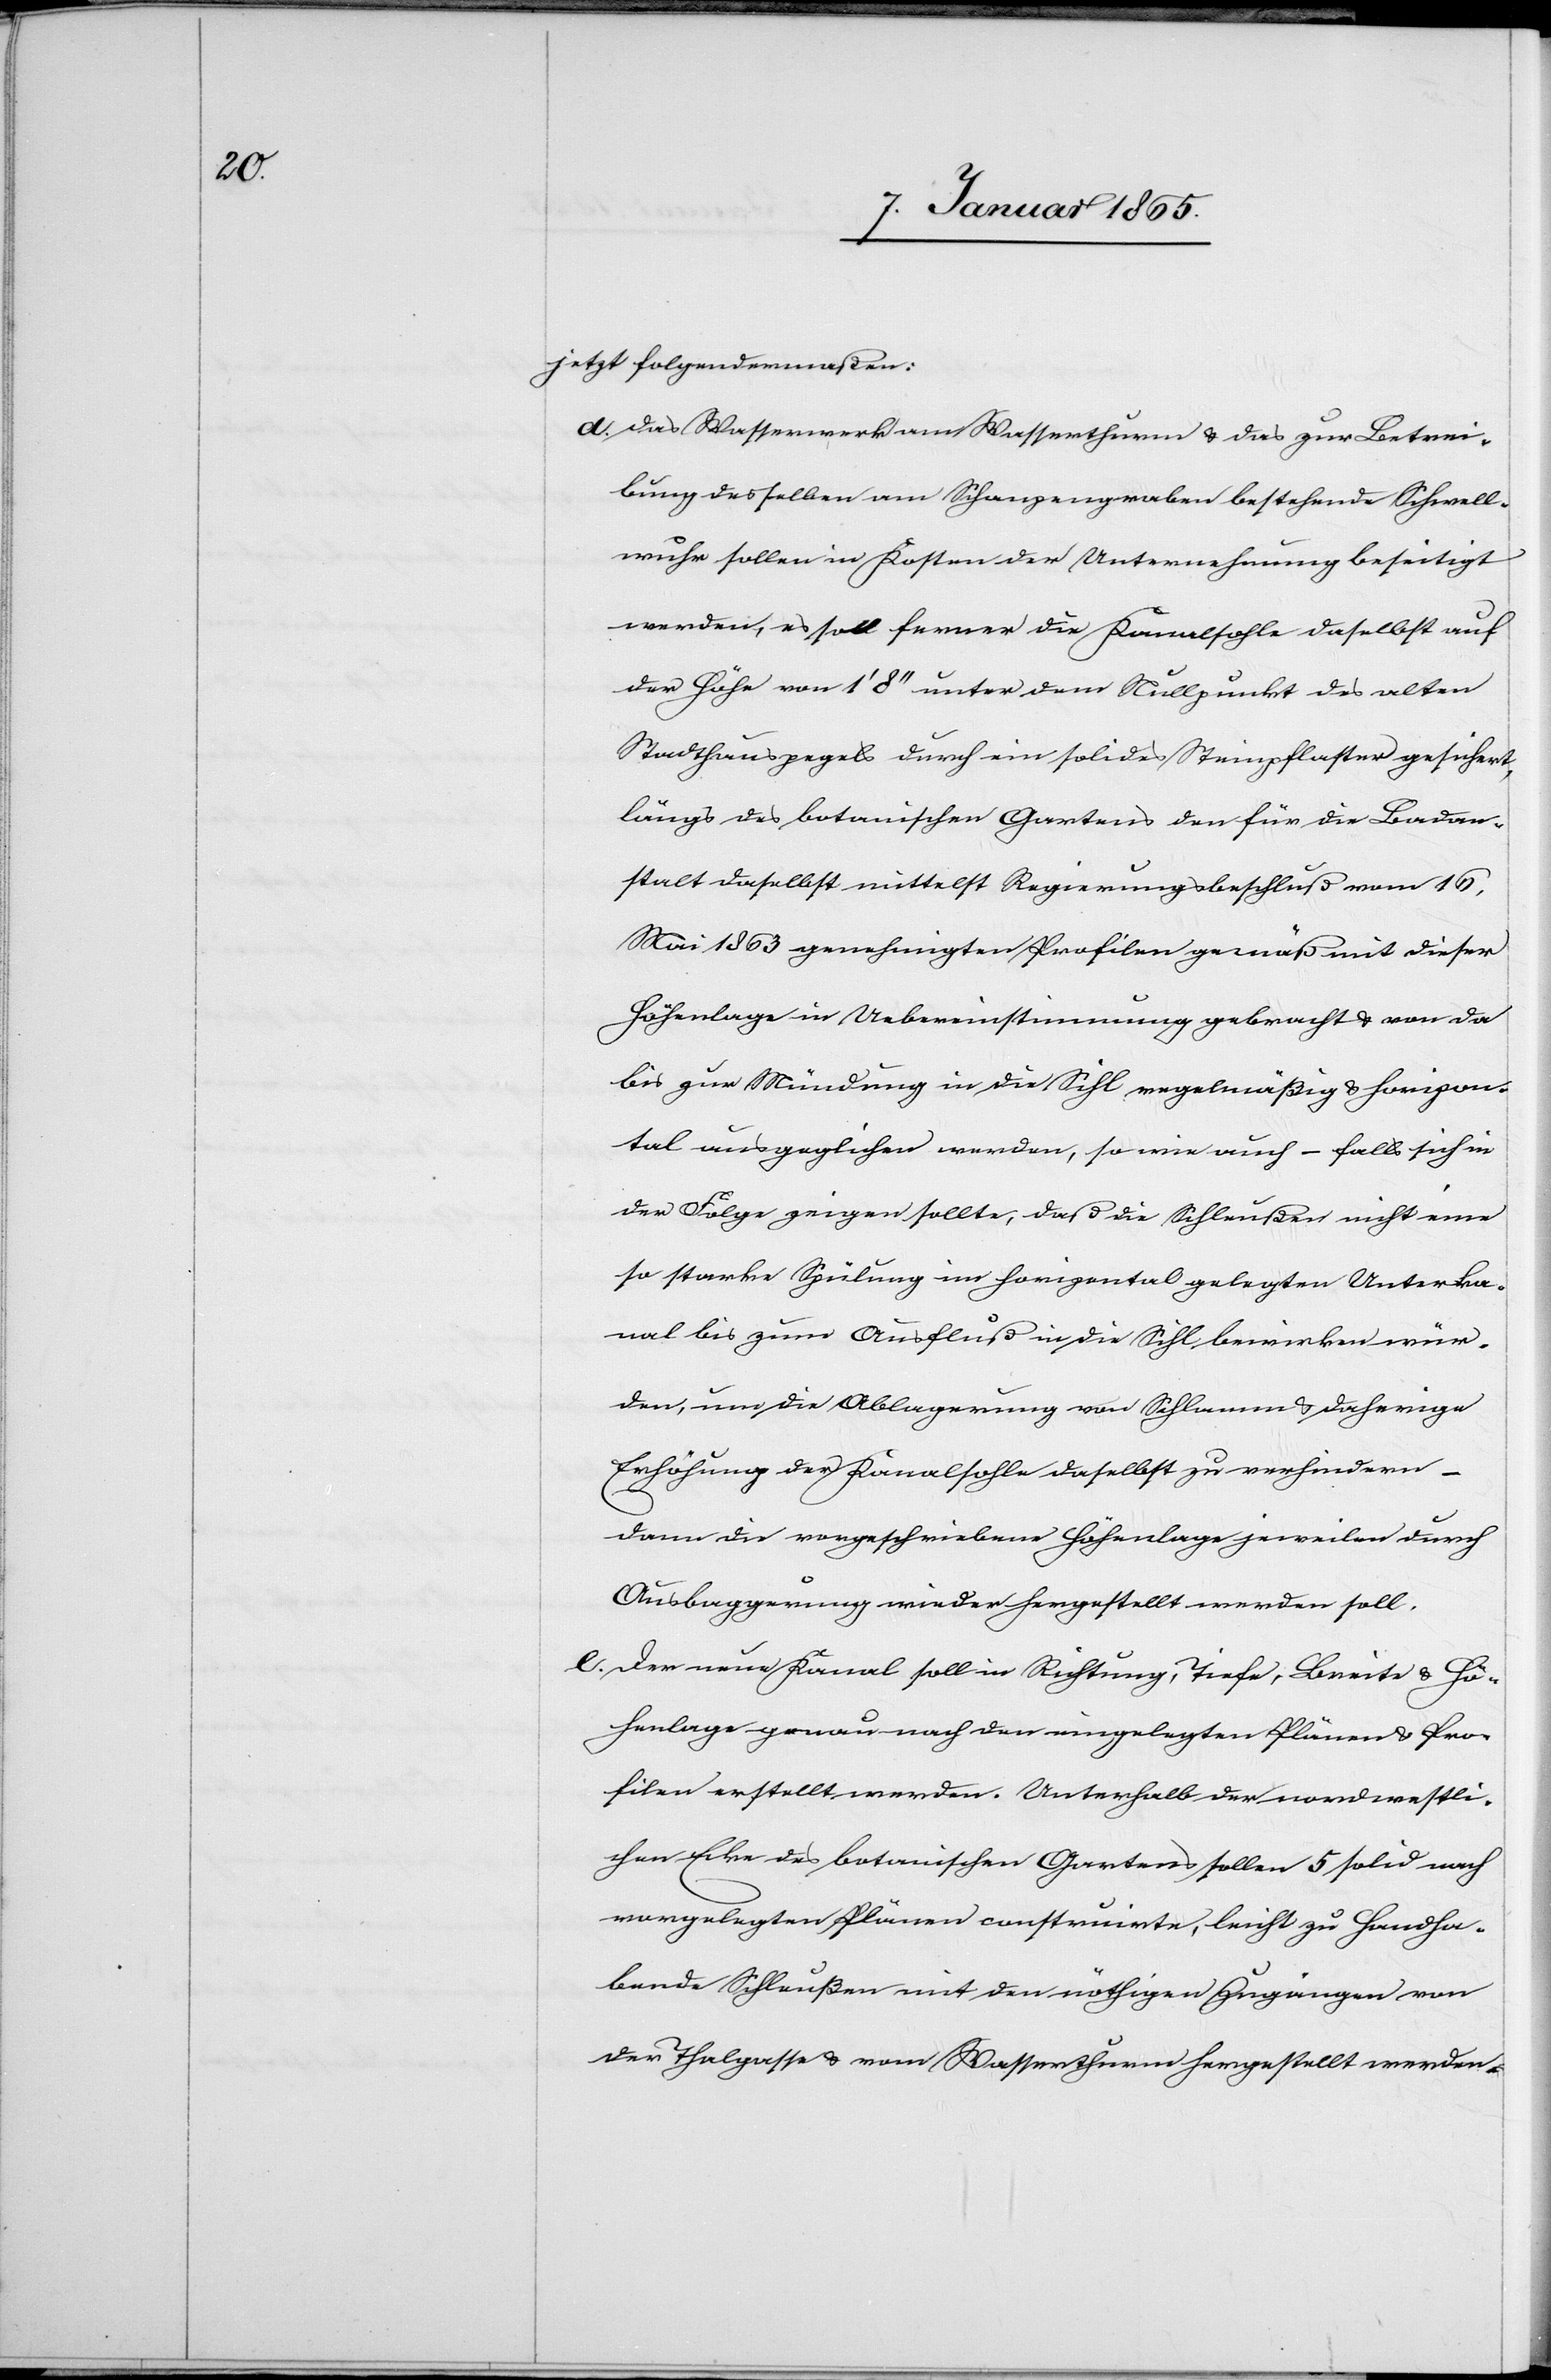
jetzt folgendermaßen:
d. Das Wasserwerk am Wasserthurm u. das zur Betrei¬
bung desselben am Schanzengraben bestehende Schwell¬
wuhr sollen in Kosten der Unternehmung beseitigt
werden, es soll ferner die Kanalsohle daselbst auf
der Höhe von 1’ 8’’ unter dem Nullpunkt des alten
Stadthauspegels durch ein solides Steinpflaster gesichert,
längs des botanischen Gartens den für die Badan¬
stalt daselbst mittelst Regierungsbeschluß vom 16.
Mai 1863 genehmigten Profilen gemäß mit dieser
Höhenlage in Uebereinstimmung gebracht u. von da
bis zur Mündung in die Sihl regelmäßig & horizon¬
tal ausgeglichen werden, so wie auch – falls sich in
der Folge zeigen sollte, daß die Schleußen nicht eine
so starke Spülung im horizontal gelegten Unterka¬
nal bis zum Ausfluß in die Sihl bewirken wür¬
den, um die Ablagerung von Schlamm & daherige
Erhöhung der Kanalsohle daselbst zur verhindern
–
dann die vorgeschriebene Höhenlage jeweilen durch
Ausbaggerung wieder hergestellt werden soll.
e. Der neue Kanal soll in Richtung, Tiefe, Breite u. Hö¬
henlage genau nach den eingelegten Plänen u. Pro¬
filen erstellt werden. Unterhalb der nordwestli¬
chen Ecke des botanischen Gartens sollen 5 solid nach
vorgelegten Plänen construirte, leicht zu handha¬
bende Schleußen mit den nöthigen Zugängen von
der Thalgasse u. vom Wasserthurm hergestellt werden.